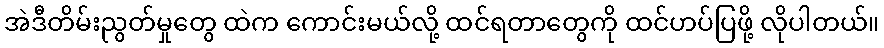
အဲဒီတိမ်းညွတ်မှုတွေ ထဲက ကောင်းမယ်လို့ ထင်ရတာတွေကို ထင်ဟပ်ပြဖို့ လိုပါတယ်။